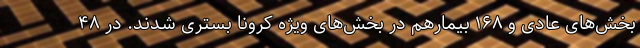
بخش‌های عادی و ۱۶۸ بیمارهم در بخش‌های ویژه کرونا بستری شدند. در ۴۸